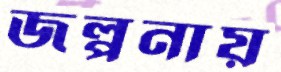
জল্পনায়